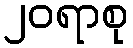
၂၀ရာစု